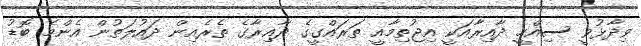
ވިދާޅުވީ ސިއްހީ ދާއިރާއަކީ އިޖުތިމާއީ ތަރައްގީގެ ދާއިރާގެ ތެރެއިން ދައުލަތުން އެންމެ ބޮޑު